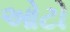
ઓટો